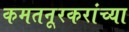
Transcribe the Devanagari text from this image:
कमतनूरकरांच्या